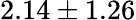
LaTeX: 2.14\pm 1.26